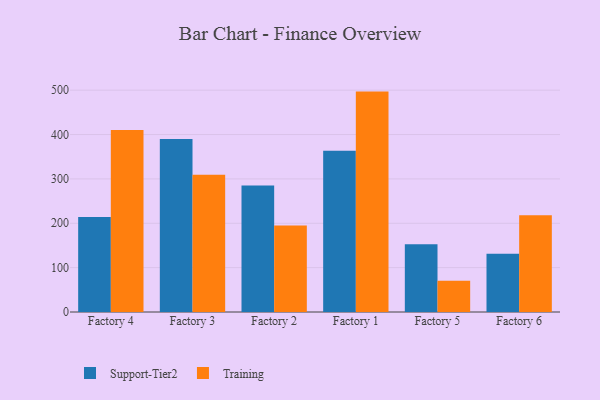
{"axis": {"x": "Factory", "y": "Website Visitors"}, "legend": ["Support-Tier2", "Training"], "data": [{"x": "Factory 4", "y": 214.4, "type": "Support-Tier2"}, {"x": "Factory 4", "y": 410.5, "type": "Training"}, {"x": "Factory 3", "y": 390.0, "type": "Support-Tier2"}, {"x": "Factory 3", "y": 309.2, "type": "Training"}, {"x": "Factory 2", "y": 284.9, "type": "Support-Tier2"}, {"x": "Factory 2", "y": 195.0, "type": "Training"}, {"x": "Factory 1", "y": 363.5, "type": "Support-Tier2"}, {"x": "Factory 1", "y": 496.8, "type": "Training"}, {"x": "Factory 5", "y": 152.6, "type": "Support-Tier2"}, {"x": "Factory 5", "y": 70.7, "type": "Training"}, {"x": "Factory 6", "y": 131.1, "type": "Support-Tier2"}, {"x": "Factory 6", "y": 218.0, "type": "Training"}]}